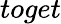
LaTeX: toget